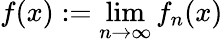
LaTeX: f(x):=\operatorname*{lim}_{n\rightarrow\infty}f_{n}(x)